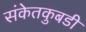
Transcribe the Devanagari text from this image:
संकेतकुबडी